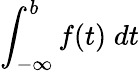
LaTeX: \int_{-\infty}^{b}f(t)\; dt